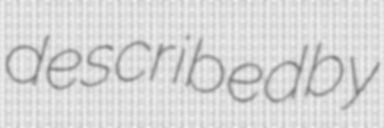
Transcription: described by